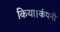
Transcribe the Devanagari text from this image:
किया।कंपनी